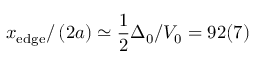
x _ { \mathrm { { e d g e } } } / \left( 2 a \right) \simeq \frac { 1 } { 2 } \Delta _ { 0 } / V _ { 0 } = 9 2 ( 7 )